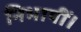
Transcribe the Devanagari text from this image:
निभायीं।